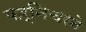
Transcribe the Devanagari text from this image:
फर्निचरने